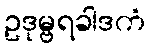
ဥဒုမ္ဗရခါဒကံ